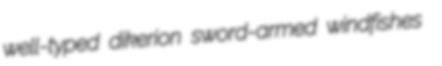
well-typed dikerion sword-armed windfishes